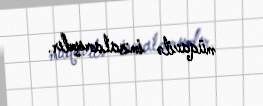
müqavilə imzalamışdır.